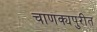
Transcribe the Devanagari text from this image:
चाणक्यपुरीत